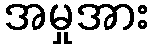
အမှုအား